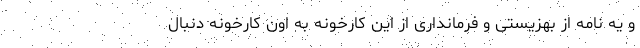
و یه نامه از بهزیستی و فرمانداری از این کارخونه به اون کارخونه دنبال